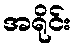
အရိုင်း